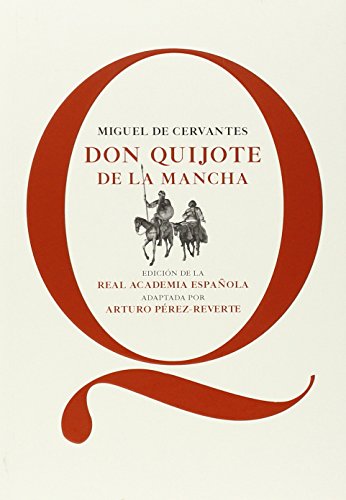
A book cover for Don Quijote de la Mancha (Spanish Edition); Miguel de Cervantes; Literature & Fiction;